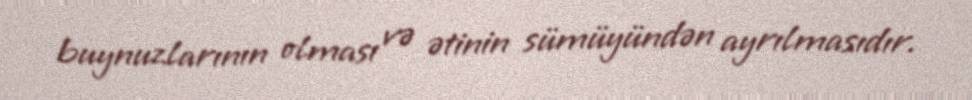
buynuzlarının olması və ətinin sümüyündən ayrılmasıdır.